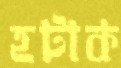
হটাক